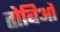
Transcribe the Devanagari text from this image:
तोबिओ